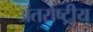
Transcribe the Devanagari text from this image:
अंतर्राष्ट्रीृय